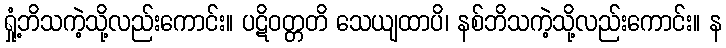
ရှုံ့ဘိသကဲ့သို့လည်းကောင်း။ ပဋိဝတ္တတိ သေယျထာပိ၊ နစ်ဘိသကဲ့သို့လည်းကောင်း။ န